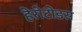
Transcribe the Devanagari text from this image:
हेरोटोडस